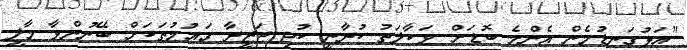
"އަޅުގަނޑުމެން އެންމެ ބޮޑަށް ވަކާލަތު ކުރާނީ ކުދި ޖަޒީރާ ގައުމުތަކަށް ބޭނުންވާ މާލީ